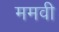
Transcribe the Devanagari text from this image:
ममवी